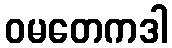
ဝမတေကဒါ